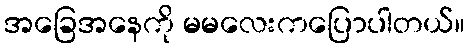
အခြေအနေကို မမလေးကပြောပါတယ်။